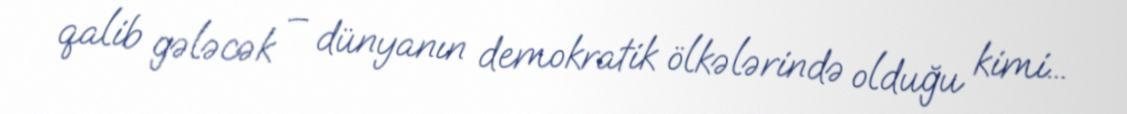
qalib gələcək – dünyanın demokratik ölkələrində olduğu kimi...